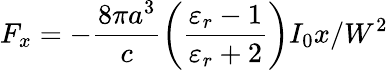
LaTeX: F_{x}=-\frac{8\pi a^{3}}{c}\left(\frac{\varepsilon_{r}-1}{\varepsilon_{r}+2}\right)I_{0}x/W^{2}